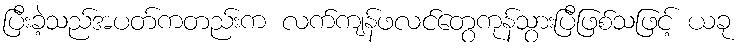
ပြီးခဲ့သည်အပတ်ကတည်းက လက်ကျန်ဖလင်တွေကုန်သွားပြီဖြစ်သဖြင့် ယခု